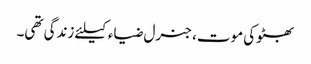
بھٹوکی موت، جنرل ضیاء کیلئے زندگی تھی۔